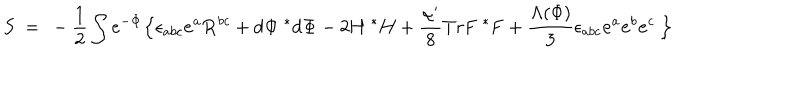
S ~ = ~ - \frac { 1 } { 2 } \int e ^ { - { \bf \Phi } } \Bigl \{ \epsilon _ { a b c } { \bf e } ^ { a } { \bf R } ^ { b c } + d { \bf \Phi } ~ { ^ { * } d } { \bf \Phi } - 2 { \bf H } ~ { ^ { * } { \bf H } } + { \frac { \alpha ^ { \prime } } { 8 } } T r { \bf F } ~ { ^ { * } { \bf F } } + \frac { \Lambda ( \Phi ) } { 3 } \epsilon _ { a b c } { \bf e } ^ { a } { \bf e } ^ { b } { \bf e } ^ { c } ~ \Bigr \}